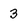
Character: 3